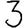
Digit: 3